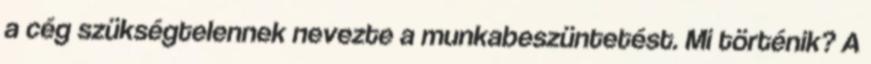
a cég szükségtelennek nevezte a munkabeszüntetést. Mi történik? A